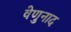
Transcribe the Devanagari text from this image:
वेणुनाद